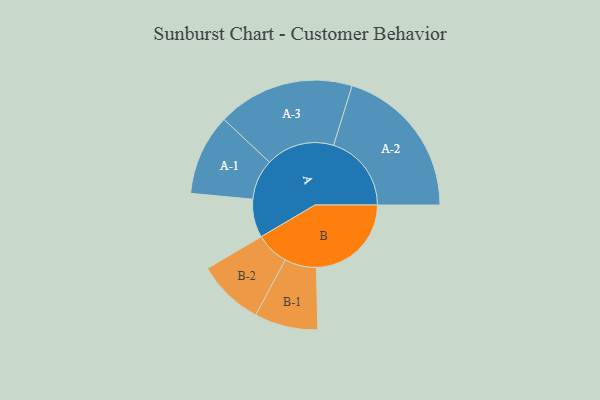
{"axis": {"x": "Segment", "y": "Value"}, "legend": ["", "A", "B"], "data": [{"x": "A", "y": 144, "type": ""}, {"x": "B", "y": 356, "type": ""}, {"x": "A-1", "y": 152, "type": "A"}, {"x": "A-2", "y": 292, "type": "A"}, {"x": "A-3", "y": 257, "type": "A"}, {"x": "B-1", "y": 119, "type": "B"}, {"x": "B-2", "y": 125, "type": "B"}]}